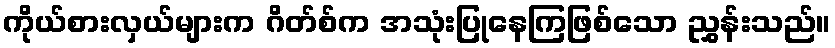
ကိုယ်စားလှယ်များက ဂိတ်စ်က အသုံးပြုနေကြဖြစ်သော ညွှန်းသည်။